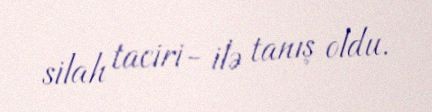
silah taciri- ilə tanış oldu.